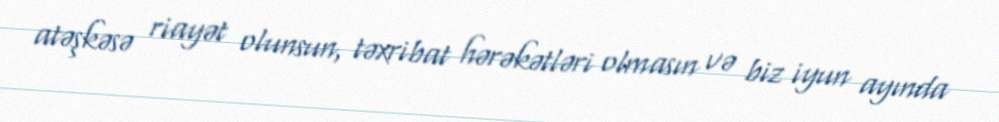
atəşkəsə riayət olunsun, təxribat hərəkətləri olmasın və biz iyun ayında